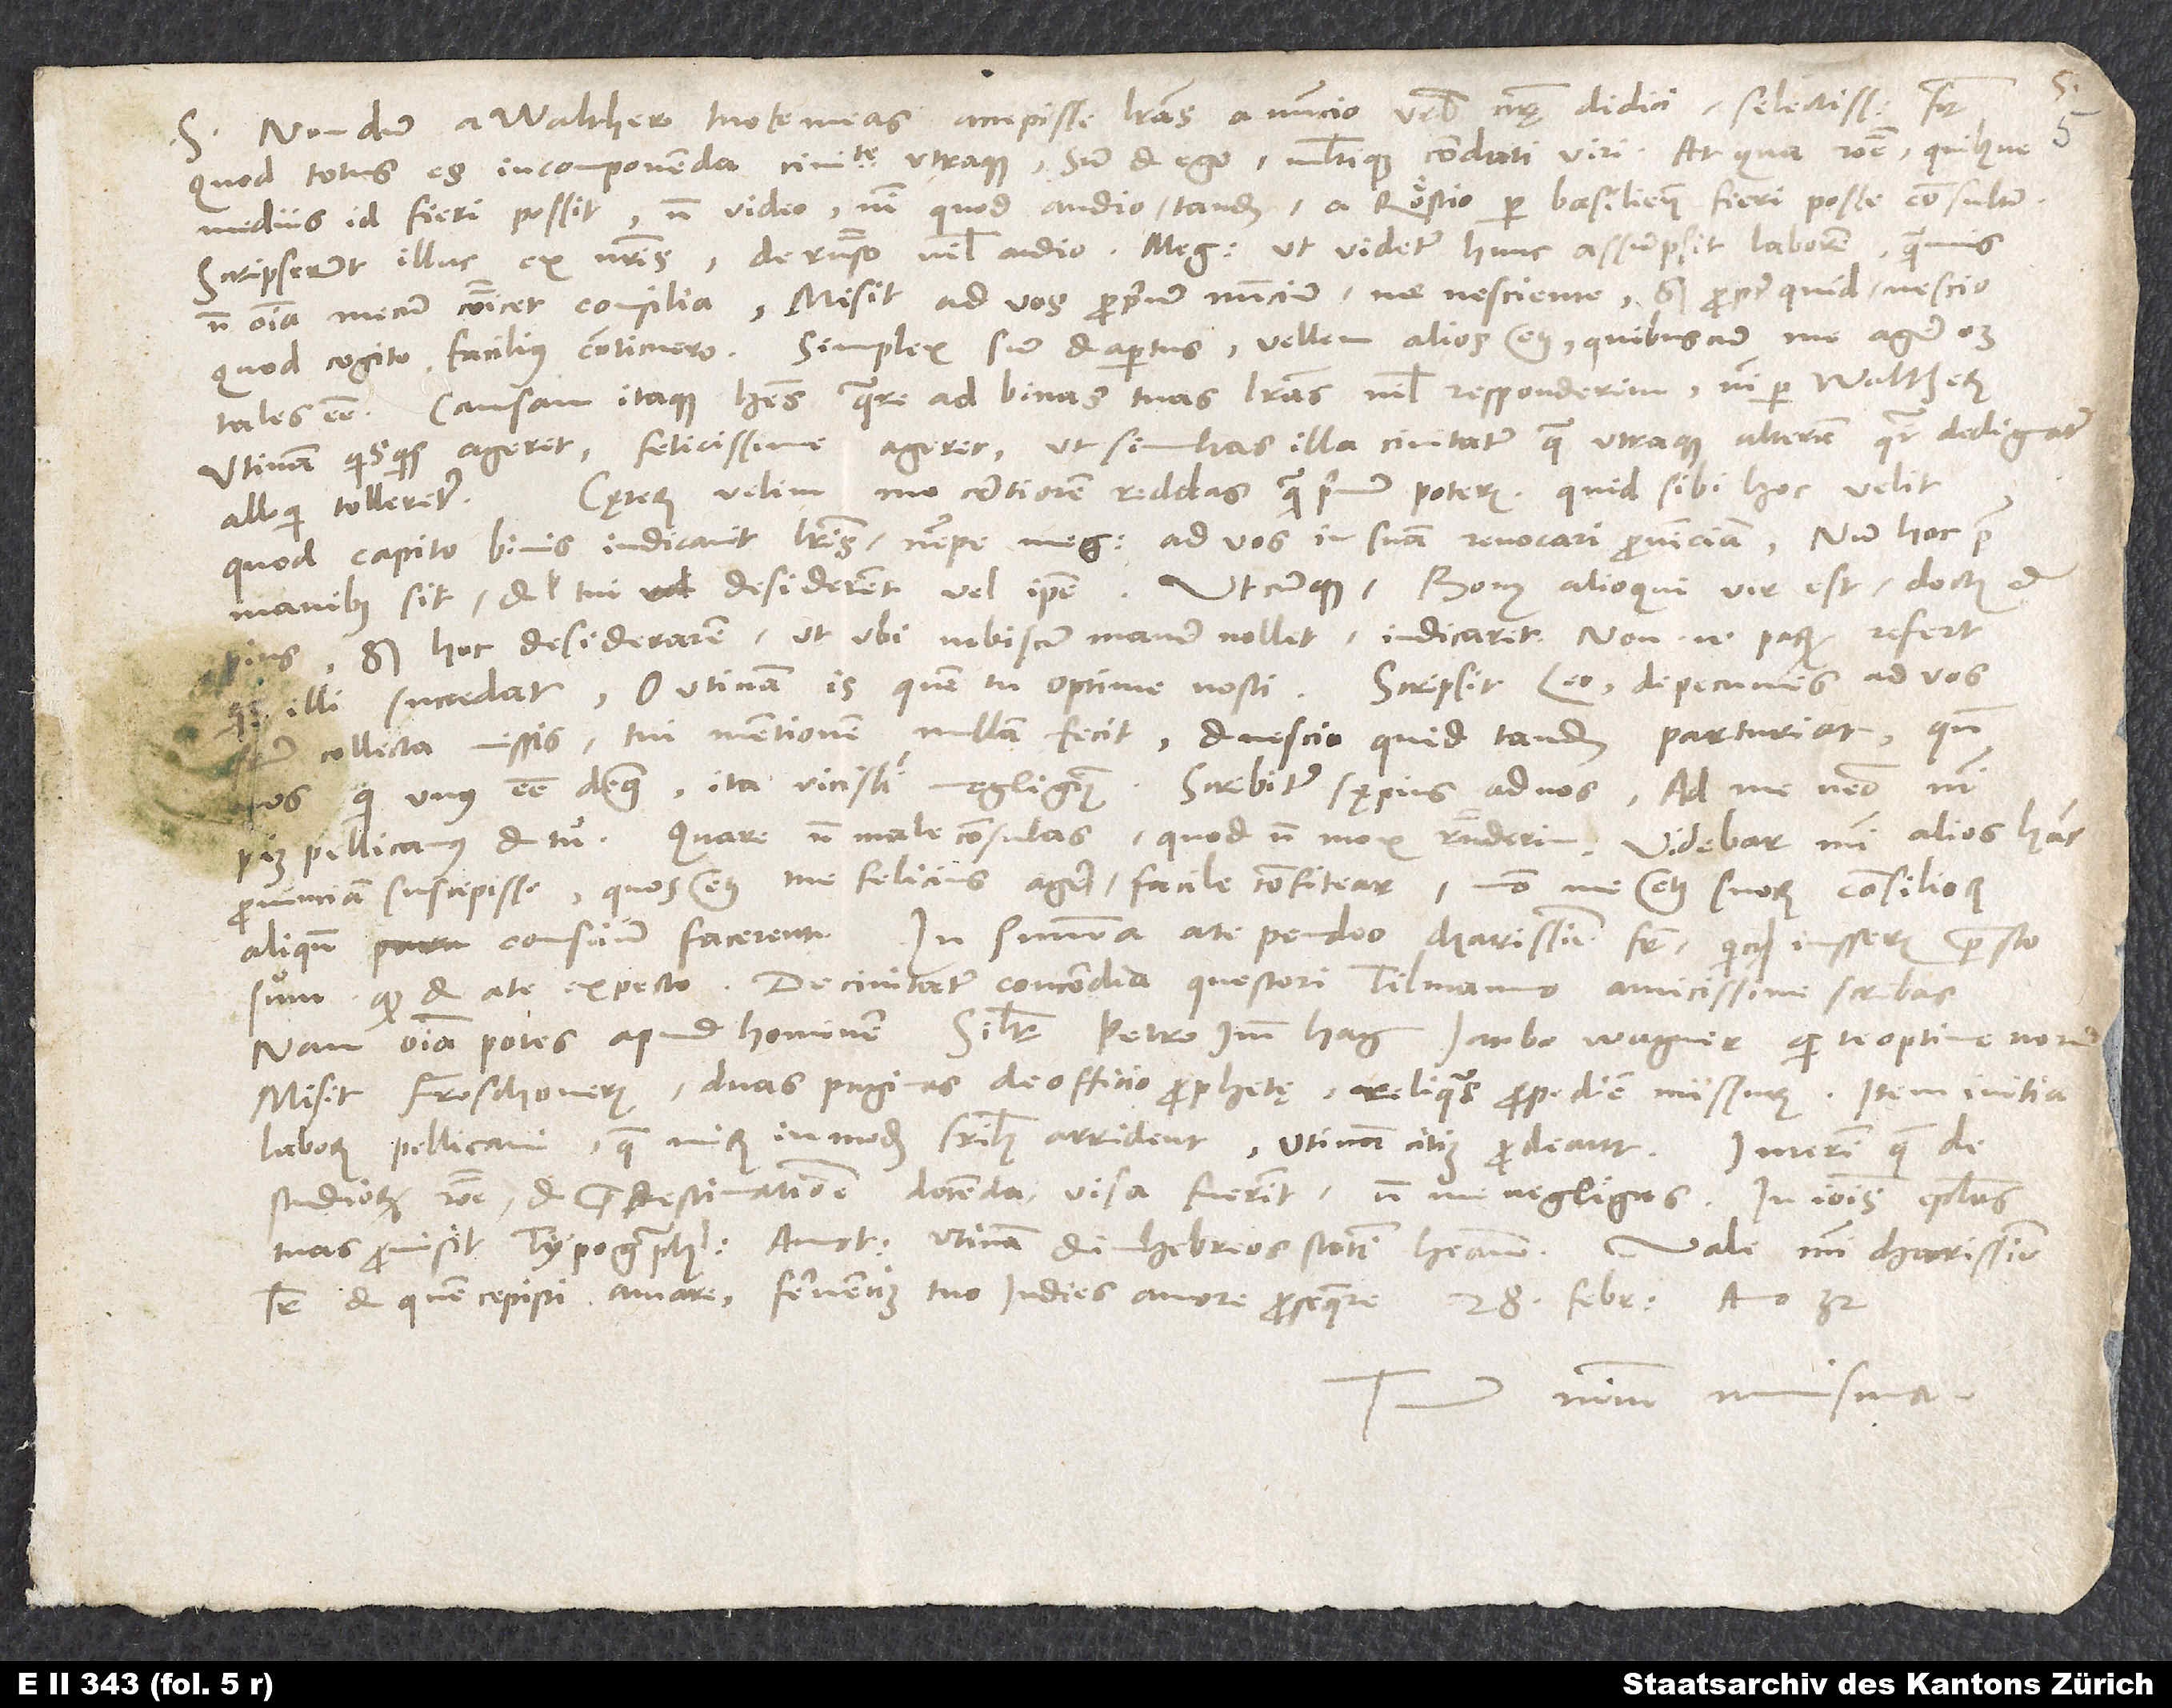
Nondum a Walthero tuo te meas accepisse literas a nuncio urbis nostrę didici, selectissime frater.
S.
Quod totus es in componenda civitate utraque, sum et ego multique cordati viri. At qua ratione quibusve
mediis id fieri possit, non video, nisi quod audio tandem a Röstio per Basilienses fieri posse consultum.
Scripserunt illuc ex nostris. De responso nihil audio. Megander, ut videtur, hunc assumpsit laborem, quamvis
non omnia mecum communicet consilia. Misit ad vos proprium nuncium me nesciente sed propter quid, nescio.
Quod cogito, facilius conticuero. Simplex sum et apertus. Vellem alios etiam, quibuscum me agere oportet,
tales esse. Causam itaque habes, quare ad binas tuas literas nihil responderim nisi per Waltherum.
Utinam quisquis ageret, felicissime ageret, ut simultas illa civitatum, qua utraque alteram quasi dedignatur
Cęterum velim me certiorem reddas, quam primum poteris, quid sibi hoc velit,
quod Capito binis indicavit literis, nempe Megandrum ad vos in suam revocari provinciam, num hoc
manibus sit et vel tui desiderent vel ipse. Utcunque, bonus alioqui vir est, doctus et
sed hoc desiderarem, ut ubi nobiscum manere nollet, indicaret. Non enim parum refert,
fratrum collecta missis. Tui mentionem nullam fecit, et nescio, quid tandem parturiat, quum
nos, qui unus esse debemus, ita vicissim negligimus. Scribitur sępius ad nos, ad me nemo nisi
Pellicanus et tu. Quare non male consulas, quod non mox responderim. Videbar mihi alios hanc
provinciam suscepisse, quos etiam me felicius agere facile confitear, modo me etiam suorum consiliorum
aliquando conscium facerent. In summa: A te pendeo, charissime frater; quicquid iusseris, praesto
sum, quod et a te expecto. De civitatum concordia questori Tilmanno amicissime scribas,
nam omnia potes apud hominem, similiter Petro Imm Hag, lacobo Wagner, qui te optime norunt.
Misit Froschoverus duas paginas de officio prophetae, reliquas propediem missurus, item initia
laborum Pellicani, quae mirum in modum fratribus arrident. Utinam citius prodeant. Interim, quae de
studiorum ratione et praedestinatione docenda visa fuerint, non me negligas. In Ioannis epistolas
tuas promisit typographus anotationes. Utinam et in Hebreos statim habeam.
frater, et quem cepisti amare, ferventius tuo indies amore prosequere.